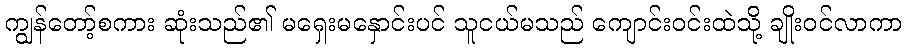
ကျွန်တော့်စကား ဆုံးသည်၏ မရှေးမနှောင်းပင် သူငယ်မသည် ကျောင်းဝင်းထဲသို့ ချိုးဝင်လာကာ